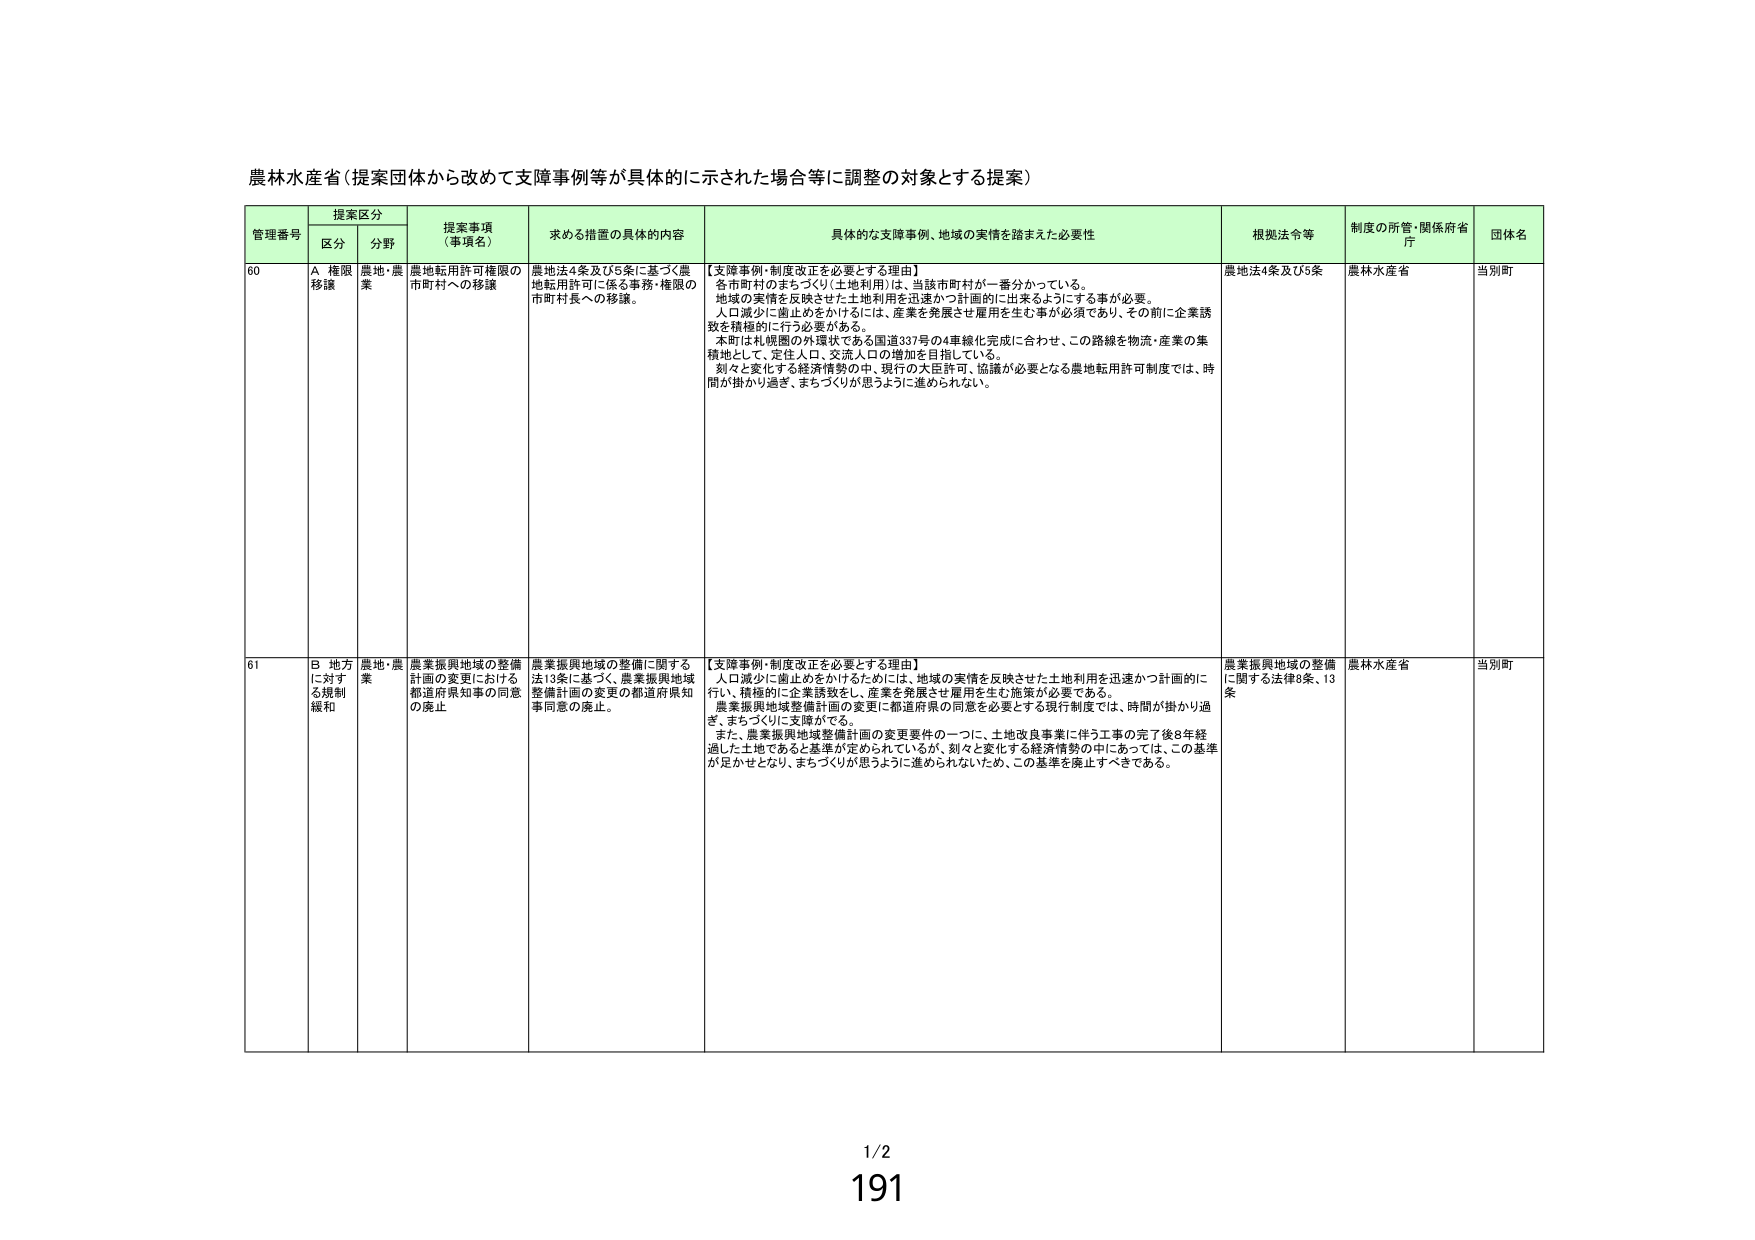
農林水産省（提案団体から改めて支障事例等が具体的に示された場合等に調整の対象とする提案）

管理番号 提案区分 提案事項（事項名） 求める措置の具体的内容 具体的な支障事例、地域の実情を踏まえた必要性 根拠法令等 制度の所管・関係府省庁 団体名
区分 分野

60 A 権限移譲 農地・農業 農地転用許可権限の市町村への移譲 農地法4条及び5条に基づく農地転用許可に係る事務・権限の市町村長への移譲。 【支障事例・制度改正を必要とする理由】 各市町村のまちづくり（土地利用）は、当該市町村が一番分かっている。 地域の実情を反映させた土地利用を迅速かつ計画的に出来るようにする事が必要。 人口減少に歯止めをかけるには、産業を発展させ雇用を生む事が必須であり、その前に企業誘致を積極的に行う必要がある。 本町は札幌圏の外環状である国道337号の4車線化完成に合わせ、この路線を物流・産業の集積地として、定住人口、交流人口の増加を目指している。 刻々と変化する経済情勢の中、現行の大臣許可、協議が必要となる農地転用許可制度では、時間が掛かり過ぎ、まちづくりが思うように進められない。 農地法4条及び5条 農林水産省 当別町

61 B 地方に対する規制緩和 農地・農業 農業振興地域の整備計画の変更における都道府県知事の同意の廃止 農業振興地域の整備に関する法13条に基づく、農業振興地域整備計画の変更の都道府県知事同意の廃止。 【支障事例・制度改正を必要とする理由】 人口減少に歯止めをかけるためには、地域の実情を反映させた土地利用を迅速かつ計画的に行い、積極的に企業誘致をし、産業を発展させ雇用を生む施策が必要である。 農業振興地域整備計画の変更に都道府県の同意を必要とする現行制度では、時間が掛かり過ぎ、まちづくりに支障がでる。 また、農業振興地域整備計画の変更要件の一つに、土地改良事業に伴う工事の完了後8年経過した土地であると基準が定められているが、刻々と変化する経済情勢の中であっては、この基準が足かせとなり、まちづくりが思うように進められないため、この基準を廃止すべきである。 農業振興地域の整備に関する法律8条、13条 農林水産省 当別町

1/2
191